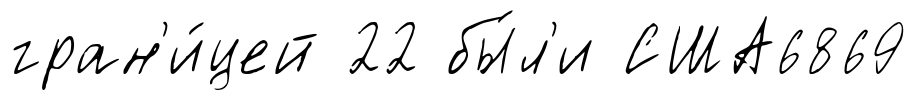
гран'и́цей 22 бы́л'и США6869